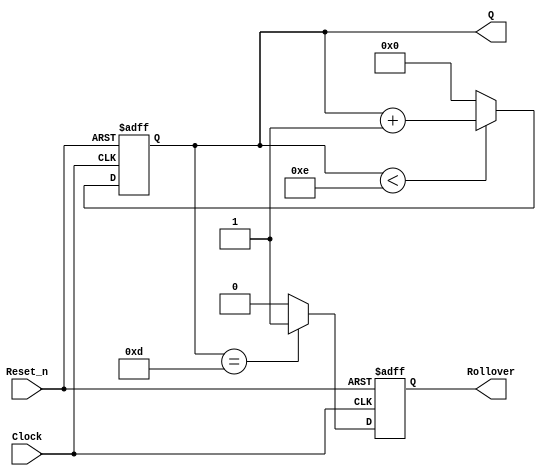

// This verilog file describes a synchronous n-bit counter circuit with an asynchronous, active low reset. This counter will go up until k-1, then rollover and indicate such with the rollover bit

module counter (Clock, Reset_n, Q, Rollover);
	parameter n = 4; 		// Quantity of bits for the counter, default = 4
	parameter k = 15;		// Highest value of counter, default = 15
	
	input Clock, Reset_n;
	output [n-1:0] Q;
	output Rollover;
	
	reg [n-1:0] Q;
	reg Rollover;
	
	always @(posedge Clock or negedge Reset_n)
	begin
		if(!Reset_n) begin		// Active low reset
			Q <= 1'b0;
			Rollover <= 1'b0;
		end else begin
			// Count up from Q = 0 to k-1
			if(Q < k-1)
				Q <= Q + 1'b1;
			else
				Q <= 0;
			// Rollover (has to be k-2 due to non-blocking assignments):
			if (Q == k-2)
				Rollover <= 1'b1;
			else
				Rollover <= 1'b0;
		end
	end
endmodule